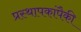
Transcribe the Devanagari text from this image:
प्रस्थापकांपैकी